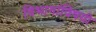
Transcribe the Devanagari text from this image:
विभागांविषयी